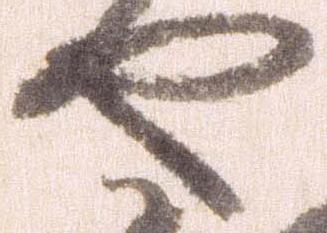
や